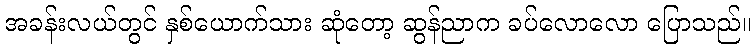
အခန်းလယ်တွင် နှစ်ယောက်သား ဆုံတော့ ဆွန်ညာက ခပ်လောလော ပြောသည်။